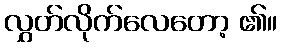
လွှတ်လိုက်လေတော့ ၏။